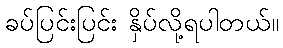
ခပ်ပြင်းပြင်း နှိပ်လို့ရပါတယ်။